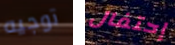
توجيه إحتفال